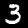
Digit: 3